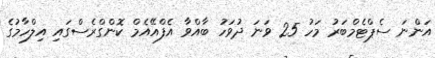
އަންނަ ސެޕްޓެމްބަރު މަހު 25 ވަނަ ދުވަހު ބާއްވާ އެފްއޭއެމް ކޮންގްރެސްގައި އިލްހާމުގެ